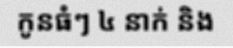
កូនធំៗ ៤ នាក់ និង